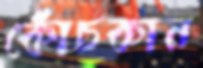
কোঁচকান